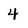
Character: 4